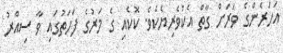
އަހަރެންގެ ވަރަށް ގާތް އެކުވެރިޔެކެވެ. ކޮކެއި ގެ މަރުގެ ފަހަތުގައި ވާ ސިއްރު